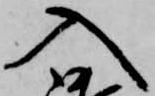
入